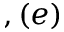
, ( e )